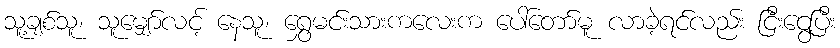
သူ့ချစ်သူ၊ သူမျှော်လင့် နေသူ၊ ရွှေမင်းသားကလေးက ပေါ်တော်မူ လာခဲ့ရင်လည်း ငြီးငွေ့ပြီး